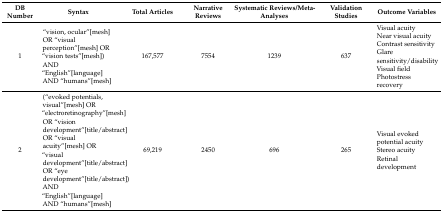
<table><thead><tr><td><b>DB Number</b></td><td><b>Syntax</b></td><td><b>Total Articles</b></td><td><b>Narrative Reviews</b></td><td><b>Systematic Reviews/Meta-Analyses</b></td><td><b>Validation Studies</b></td><td><b>Outcome Variables</b></td></tr></thead><tbody><tr><td>1</td><td>“vision, ocular”[mesh] OR “visual perception”[mesh] OR “vision tests”[mesh]) AND “English”[language] AND “humans”[mesh]</td><td>167,577</td><td>7554</td><td>1239</td><td>637</td><td>Visual acuityNear visual acuityContrast sensitivityGlare sensitivity/disabilityVisual fieldPhotostress recovery</td></tr><tr><td>2</td><td>(“evoked potentials, visual”[mesh] OR “electroretinography”[mesh] OR “vision development”[title/abstract] OR “visual acuity”[mesh] OR “visual development”[title/abstract] OR “eye development”[title/abstract]) AND “English”[language] AND “humans”[mesh]</td><td>69,219</td><td>2450</td><td>696</td><td>265</td><td>Visual evoked potential acuityStereo acuityRetinal development</td></tr></tbody></table>